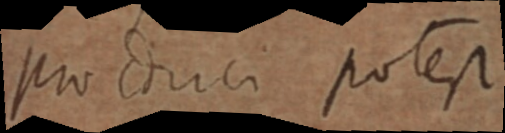
produci potest